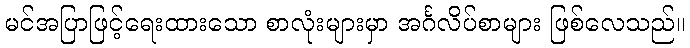
မင်အပြာဖြင့်ရေးထားသော စာလုံးများမှာ အင်္ဂလိပ်စာများ ဖြစ်လေသည်။